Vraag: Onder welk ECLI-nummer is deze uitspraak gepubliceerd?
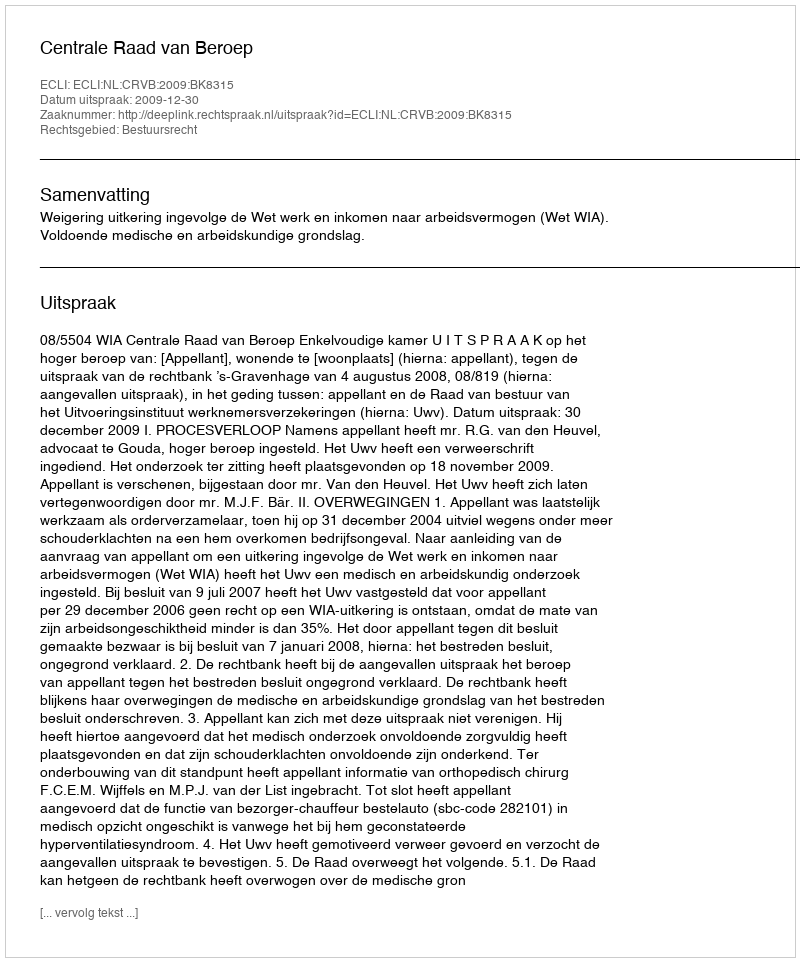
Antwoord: ECLI:NL:CRVB:2009:BK8315